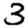
Digit: 3